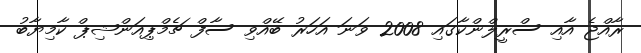
ރާއްޖެ އާއި ސްރީލްންކާގައި 2008 ވަނަ އަހަރު ބޭއްވި ސާފް ޗެމްޕިއަންޝިޕް ކާމިޔާބު